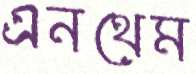
এনথেম